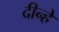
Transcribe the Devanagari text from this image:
दीन्हे